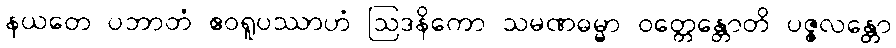
နယတေ ပဘာတံ ဧဝရူပဿာဟံ ဩဒနိကော သမဏဓမ္မာ ဝတ္တေန္တောတိ ပဇ္ဇလန္တော